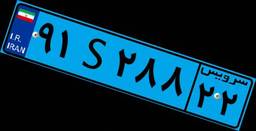
۲۹S۸۸۸۰۰